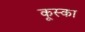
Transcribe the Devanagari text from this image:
कूस्का